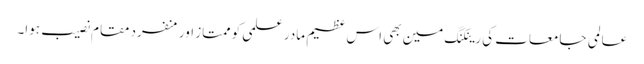
عالمی جامعات کی رینکنگ مین بھی اس عظیم مادر علمی کو ممتاز اور منفرد مقام نصیب ہوا۔